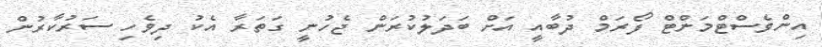
އިންވެސްޓްމަންޓް ފޯރަމް ދުބާއީ އަށް ބަދަލުކުރަން ޖެހުނީ ގަތަރާ އެކު ދިވެހި ސަރުކާރުން